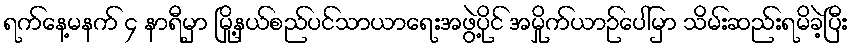
ရက်နေ့မနက် ၄ နာရီမှာ မြို့နယ်စည်ပင်သာယာရေးအဖွဲ့ပိုင် အမှိုက်ယာဉ်ပေါ်မှာ သိမ်းဆည်းရမိခဲ့ပြီး